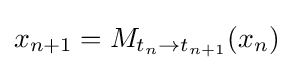
x_{n+1}=M_{t_{n}\to t_{n+1}}(x_{n})